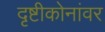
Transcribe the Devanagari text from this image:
दृष्टीकोनांवर